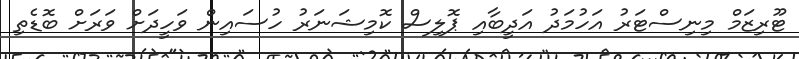
ޓޫރިޒަމް މިނިސްޓަރު އަހުމަދު އަދީބާއި ޕޮލިސް ކޮމިޝަނަރު ހުސައިން ވަހީދަށް ވަރަށް ބޮޑެތި